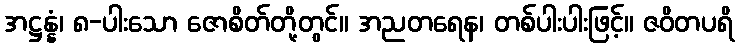
အဋ္ဌန္နံ၊ ၈-ပါးသော ဇောစိတ်တို့တွင်။ အညတရေန၊ တစ်ပါးပါးဖြင့်။ ဇဝိတပရိ